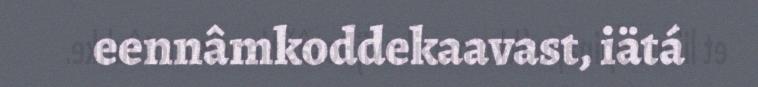
eennâmkoddekaavast, iätá